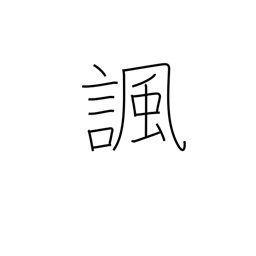
Meaning: satirize